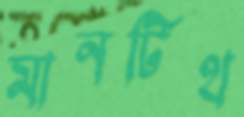
মানটিথ